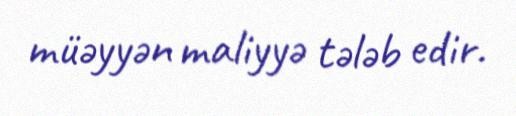
müəyyən maliyyə tələb edir.